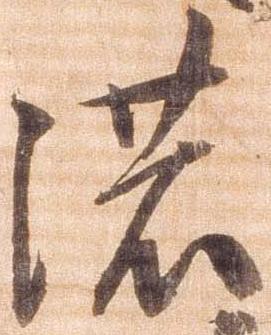
濃